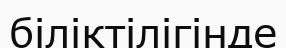
біліктілігінде